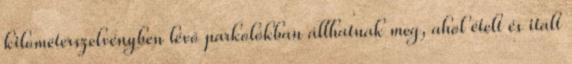
kilométerszelvényben lévő parkolókban állhatnak meg, ahol ételt és italt